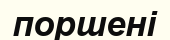
поршені